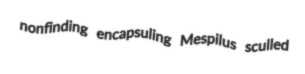
nonfinding encapsuling Mespilus sculled